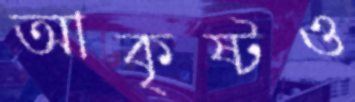
আকৃষ্টও